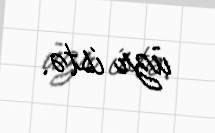
üzr istə.